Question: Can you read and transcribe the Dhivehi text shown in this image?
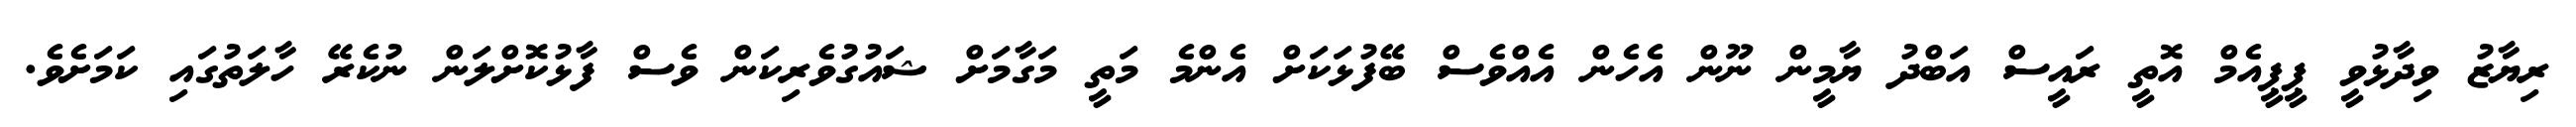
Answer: ރިޔާޒު ވިދާޅުވީ ޕީޕީއެމް އޮތީ ރައީސް އަބްދު ޔާމީން ނޫން އެހެން އެއްވެސް ބޭފުޅަކަށް އެންމެ މަތީ މަގާމަށް ޝައުގުވެރިކަން ވެސް ފާޅުކޮށްލަން ނުކެރޭ ހާލަތުގައި ކަމަށެވެ.